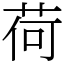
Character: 荷